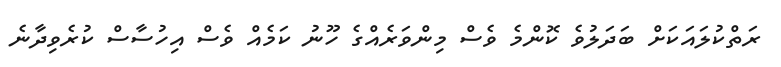
ރަތްކުލައަކަށް ބަދަލުވެ ކޮންމެ ވެސް މިންވަރެއްގެ ހޫނު ކަމެއް ވެސް އިހުސާސް ކުރެވިދާނެ